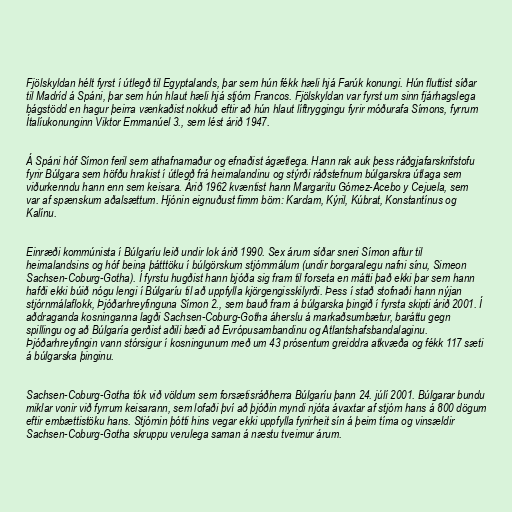
Fjölskyldan hélt fyrst í útlegð til Egyptalands, þar sem hún fékk hæli hjá Farúk konungi. Hún fluttist síðar
til Madríd á Spáni, þar sem hún hlaut hæli hjá stjórn Francos. Fjölskyldan var fyrst um sinn fjárhagslega
bágstödd en hagur þeirra vænkaðist nokkuð eftir að hún hlaut líftryggingu fyrir móðurafa Símons, fyrrum
Ítalíukonunginn Viktor Emmanúel 3., sem lést árið 1947.

Á Spáni hóf Símon feril sem athafnamaður og efnaðist ágætlega. Hann rak auk þess ráðgjafarskrifstofu
fyrir Búlgara sem höfðu hrakist í útlegð frá heimalandinu og stýrði ráðstefnum búlgarskra útlaga sem
viðurkenndu hann enn sem keisara. Árið 1962 kvæntist hann Margaritu Gómez-Acebo y Cejuela, sem
var af spænskum aðalsættum. Hjónin eignuðust fimm börn: Kardam, Kýril, Kúbrat, Konstantínus og
Kalínu.

Einræði kommúnista í Búlgaríu leið undir lok árið 1990. Sex árum síðar sneri Símon aftur til
heimalandsins og hóf beina þátttöku í búlgörskum stjórnmálum (undir borgaralegu nafni sínu, Simeon
Sachsen-Coburg-Gotha). Í fyrstu hugðist hann bjóða sig fram til forseta en mátti það ekki þar sem hann
hafði ekki búið nógu lengi í Búlgaríu til að uppfylla kjörgengisskilyrði. Þess í stað stofnaði hann nýjan
stjórnmálaflokk, Þjóðarhreyfinguna Símon 2., sem bauð fram á búlgarska þingið í fyrsta skipti árið 2001. Í
aðdraganda kosninganna lagði Sachsen-Coburg-Gotha áherslu á markaðsumbætur, baráttu gegn
spillingu og að Búlgaría gerðist aðili bæði að Evrópusambandinu og Atlantshafsbandalaginu.
Þjóðarhreyfingin vann stórsigur í kosningunum með um 43 prósentum greiddra atkvæða og fékk 117 sæti
á búlgarska þinginu.

Sachsen-Coburg-Gotha tók við völdum sem forsætisráðherra Búlgaríu þann 24. júlí 2001. Búlgarar bundu
miklar vonir við fyrrum keisarann, sem lofaði því að þjóðin myndi njóta ávaxtar af stjórn hans á 800 dögum
eftir embættistöku hans. Stjórnin þótti hins vegar ekki uppfylla fyrirheit sín á þeim tíma og vinsældir
Sachsen-Coburg-Gotha skruppu verulega saman á næstu tveimur árum.